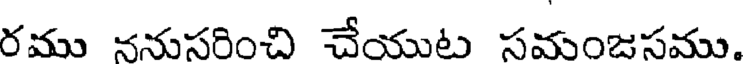
రము ననుసరించి చేయుట సమంజసము.